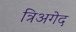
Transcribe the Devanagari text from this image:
त्रिअगेद